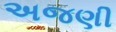
અજણી